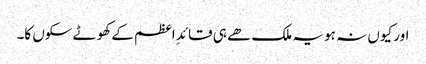
اور کیوں نہ ہو یہ ملک ھے ہی قائدِ اعظم کے کھوٹے سکوں کا۔